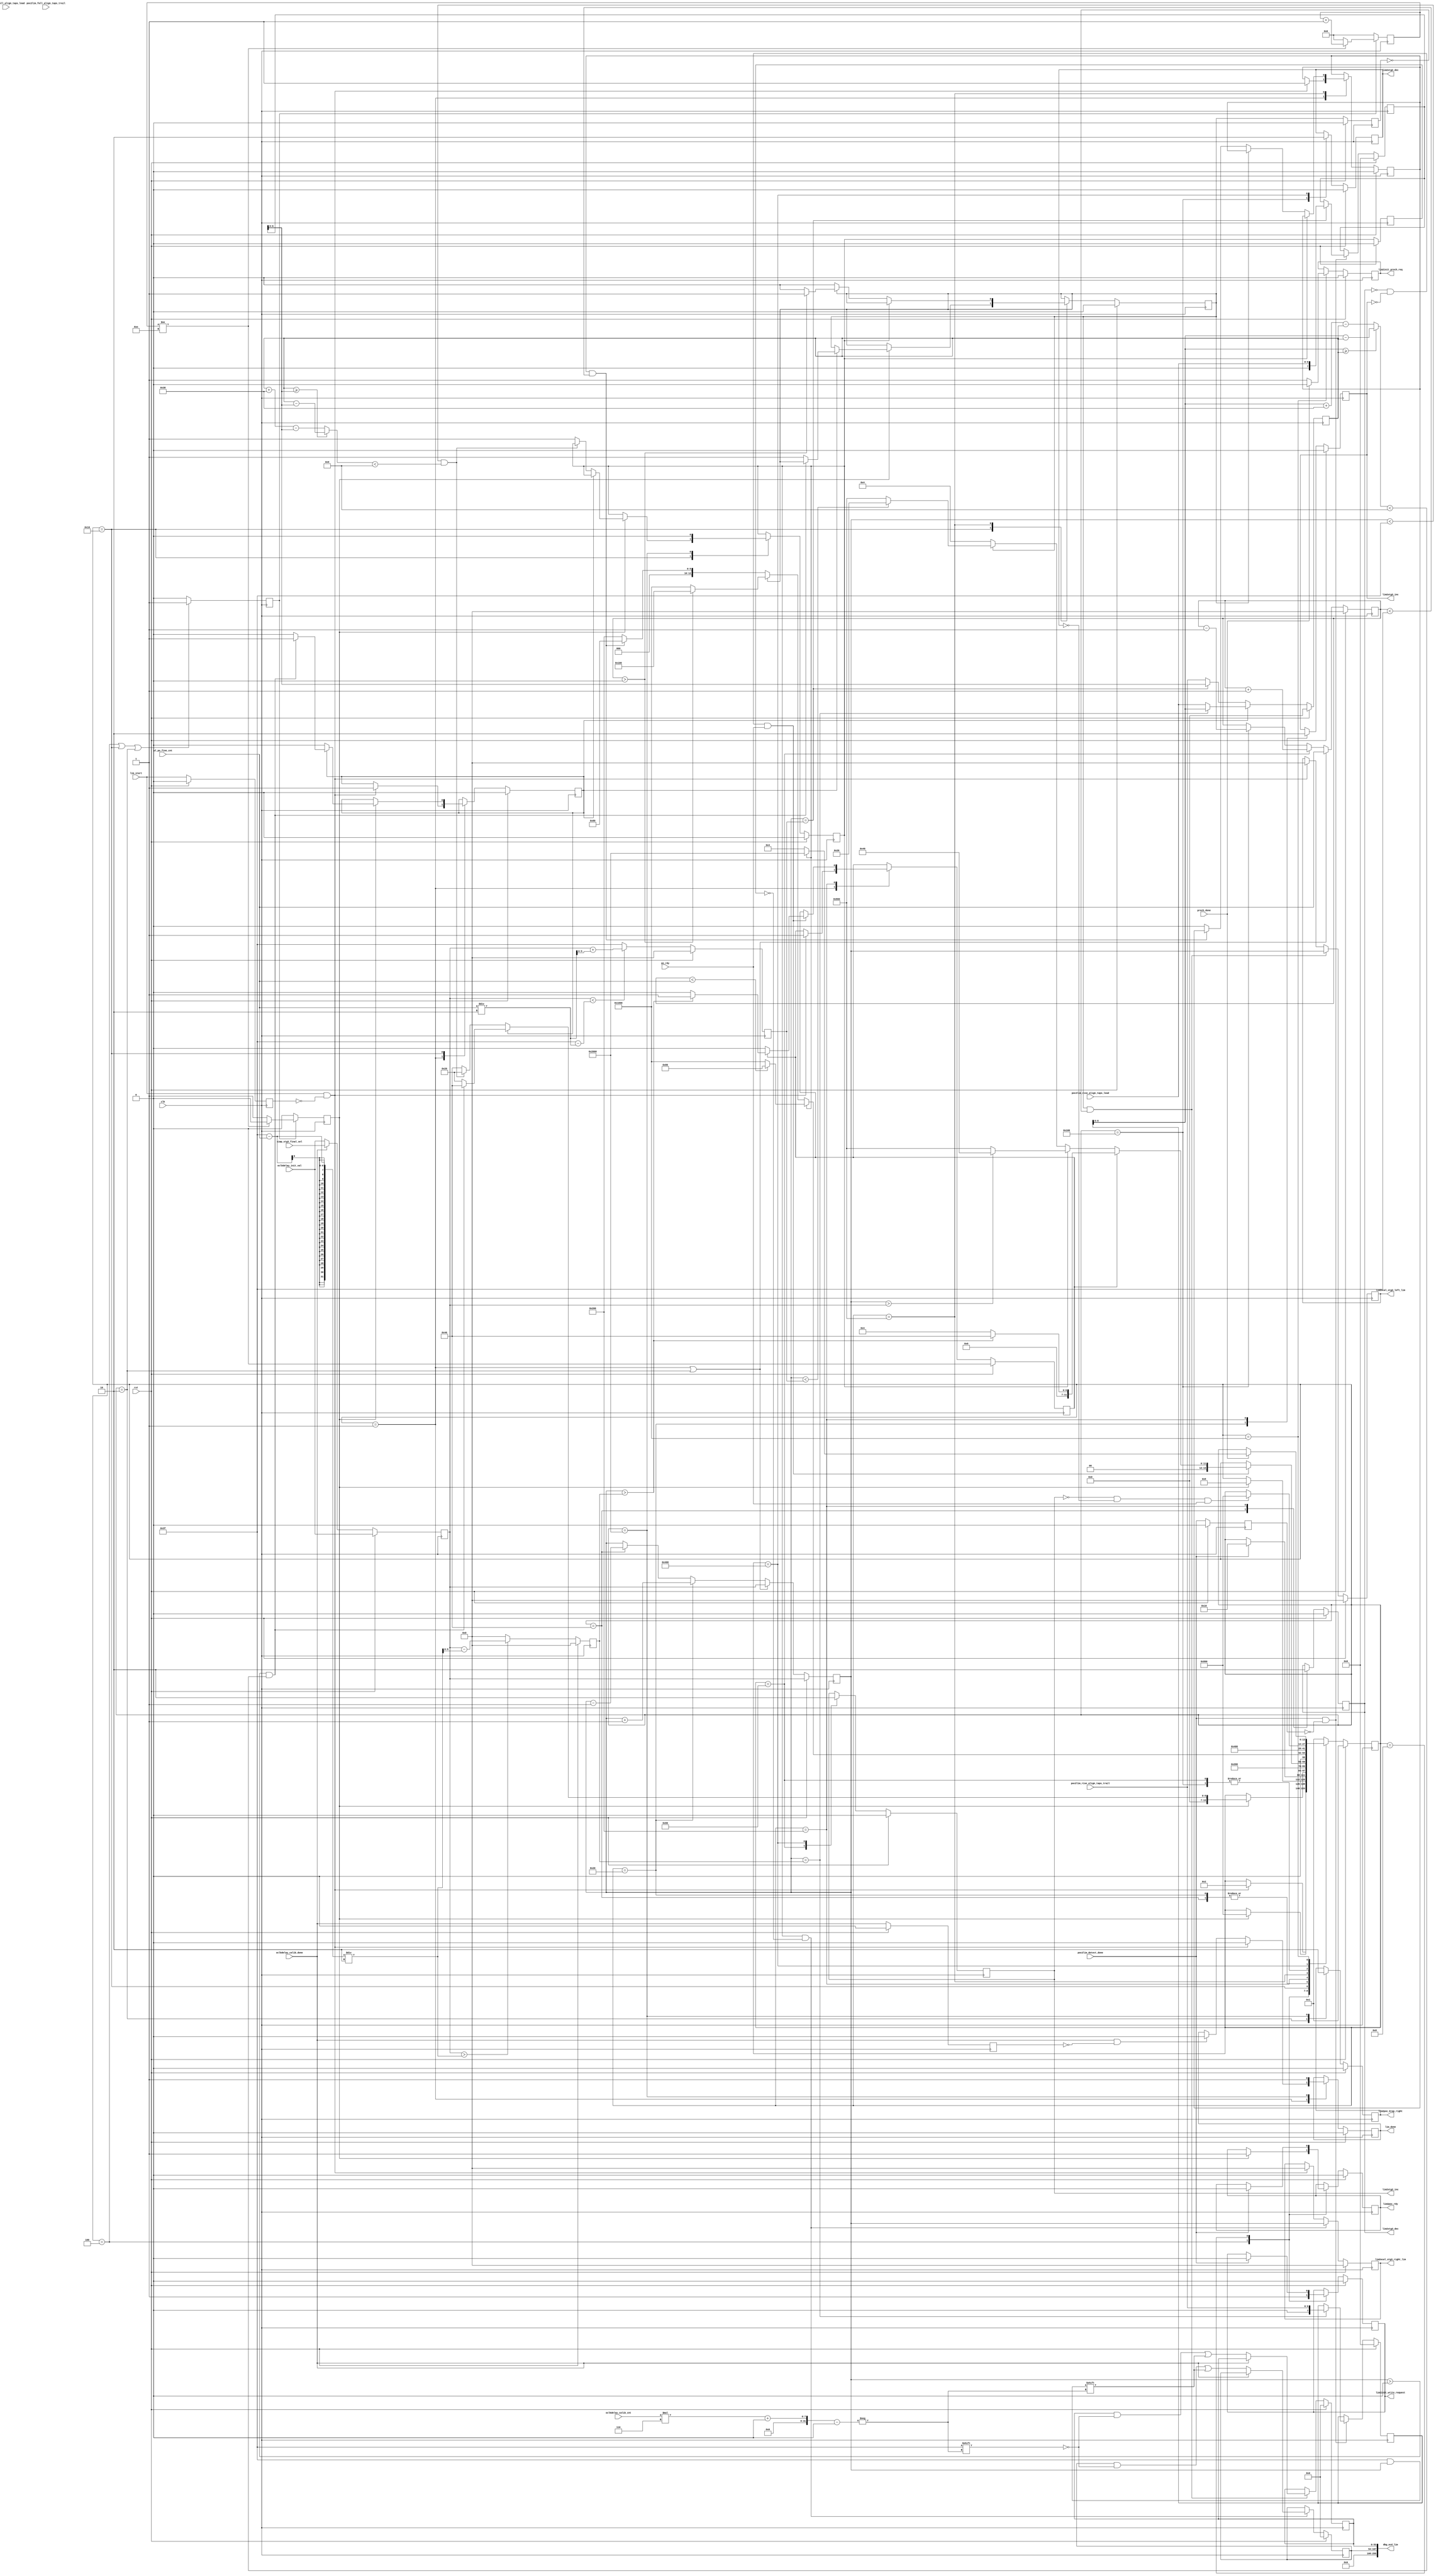
//*****************************************************************************
// (c) Copyright 2009 - 2013 Xilinx, Inc. All rights reserved.
//
// This file contains confidential and proprietary information
// of Xilinx, Inc. and is protected under U.S. and
// international copyright and other intellectual property
// laws.
//
// DISCLAIMER
// This disclaimer is not a license and does not grant any
// rights to the materials distributed herewith. Except as
// otherwise provided in a valid license issued to you by
// Xilinx, and to the maximum extent permitted by applicable
// law: (1) THESE MATERIALS ARE MADE AVAILABLE "AS IS" AND
// WITH ALL FAULTS, AND XILINX HEREBY DISCLAIMS ALL WARRANTIES
// AND CONDITIONS, EXPRESS, IMPLIED, OR STATUTORY, INCLUDING
// BUT NOT LIMITED TO WARRANTIES OF MERCHANTABILITY, NON-
// INFRINGEMENT, OR FITNESS FOR ANY PARTICULAR PURPOSE; and
// (2) Xilinx shall not be liable (whether in contract or tort,
// including negligence, or under any other theory of
// liability) for any loss or damage of any kind or nature
// related to, arising under or in connection with these
// materials, including for any direct, or any indirect,
// special, incidental, or consequential loss or damage
// (including loss of data, profits, goodwill, or any type of
// loss or damage suffered as a result of any action brought
// by a third party) even if such damage or loss was
// reasonably foreseeable or Xilinx had been advised of the
// possibility of the same.
//
// CRITICAL APPLICATIONS
// Xilinx products are not designed or intended to be fail-
// safe, or for use in any application requiring fail-safe
// performance, such as life-support or safety devices or
// systems, Class III medical devices, nuclear facilities,
// applications related to the deployment of airbags, or any
// other applications that could lead to death, personal
// injury, or severe property or environmental damage
// (individually and collectively, "Critical
// Applications"). Customer assumes the sole risk and
// liability of any use of Xilinx products in Critical
// Applications, subject only to applicable laws and
// regulations governing limitations on product liability.
//
// THIS COPYRIGHT NOTICE AND DISCLAIMER MUST BE RETAINED AS
// PART OF THIS FILE AT ALL TIMES.
//
//*****************************************************************************
//   ____  ____
//  /   /\/   /
// /___/  \  /    Vendor: Xilinx
// \   \   \/     Version: %version
//  \   \         Application: MIG
//  /   /         Filename: ddr_phy_oclkdelay_cal.v
// /___/   /\     Date Last Modified: $Date: 2011/02/25 02:07:40 $
// \   \  /  \    Date Created: Aug 03 2009 
//  \___\/\___\
//
//Device: 7 Series
//Design Name: DDR3 SDRAM
//Purpose: Center write DQS in write DQ valid window using Phaser_Out Stage3
//         delay
//Reference:
//Revision History:
//*****************************************************************************

`timescale 1ps/1ps

module mig_7series_v4_2_ddr_phy_ocd_lim #
  (parameter TAPCNTRWIDTH    = 7,
   parameter DQS_CNT_WIDTH   = 3,
   parameter DQS_WIDTH       = 9,
   parameter TCQ             = 100,
   parameter TAPSPERKCLK     = 56,
   parameter TDQSS_DEGREES   = 60,
   parameter BYPASS_COMPLEX_OCAL = "FALSE")
  (/*AUTOARG*/
   // Outputs
   lim2init_write_request, lim2init_prech_req, lim2poc_rdy, lim2poc_ktap_right,
   lim2stg3_inc, lim2stg3_dec, lim2stg2_inc, lim2stg2_dec, lim_done,
   lim2ocal_stg3_right_lim, lim2ocal_stg3_left_lim, dbg_ocd_lim,
   // Inputs
   clk, rst, lim_start, po_rdy, poc2lim_rise_align_taps_lead,
   poc2lim_rise_align_taps_trail, poc2lim_fall_align_taps_lead,
   poc2lim_fall_align_taps_trail, oclkdelay_init_val, wl_po_fine_cnt,
   simp_stg3_final_sel, oclkdelay_calib_done, poc2lim_detect_done,
   prech_done, oclkdelay_calib_cnt
   );
  
  function [TAPCNTRWIDTH:0] mod_sub (input [TAPCNTRWIDTH-1:0] a, 
                                     input [TAPCNTRWIDTH-1:0] b, 
                                     input integer base); 
  begin
    mod_sub = (a>=b) ? a-b : a+base[TAPCNTRWIDTH-1:0]-b;
  end
  endfunction // mod_sub

  input clk;
  input rst;

  input lim_start;
  input po_rdy;
  input [TAPCNTRWIDTH-1:0] poc2lim_rise_align_taps_lead;
  input [TAPCNTRWIDTH-1:0] poc2lim_rise_align_taps_trail;
  input [TAPCNTRWIDTH-1:0] poc2lim_fall_align_taps_lead;
  input [TAPCNTRWIDTH-1:0] poc2lim_fall_align_taps_trail;
  input [5:0]              oclkdelay_init_val;
  input [5:0]              wl_po_fine_cnt;
  input [5:0]              simp_stg3_final_sel;
  input                    oclkdelay_calib_done;
  input                    poc2lim_detect_done;
  input                    prech_done;
  input [DQS_CNT_WIDTH:0]  oclkdelay_calib_cnt;
  
  
  output lim2init_write_request;
  output lim2init_prech_req;
  output lim2poc_rdy;
  output lim2poc_ktap_right;  // I think this can be defaulted.
  output lim2stg3_inc;
  output lim2stg3_dec;
  output lim2stg2_inc;
  output lim2stg2_dec;
  output lim_done;
  output [5:0] lim2ocal_stg3_right_lim;
  output [5:0] lim2ocal_stg3_left_lim;
  output [255:0] dbg_ocd_lim; 
  
  // Stage 3 taps can move an additional + or - 60 degrees from the write level position
  // Convert 60 degrees to MMCM taps. 360/60=6.
  //localparam real DIV_FACTOR = 360/TDQSS_DEGREES;
  //localparam real TDQSS_LIM_MMCM_TAPS = TAPSPERKCLK/DIV_FACTOR;
  localparam DIV_FACTOR = 360/TDQSS_DEGREES;
  localparam TDQSS_LIM_MMCM_TAPS = TAPSPERKCLK/DIV_FACTOR;
  localparam WAIT_CNT = 15;
  
  localparam IDLE             = 14'b00_0000_0000_0001;
  localparam INIT             = 14'b00_0000_0000_0010;
  localparam WAIT_WR_REQ      = 14'b00_0000_0000_0100;
  localparam WAIT_POC_DONE    = 14'b00_0000_0000_1000;
  localparam WAIT_STG3        = 14'b00_0000_0001_0000;
  localparam STAGE3_INC       = 14'b00_0000_0010_0000;
  localparam STAGE3_DEC       = 14'b00_0000_0100_0000;
  localparam STAGE2_INC       = 14'b00_0000_1000_0000;
  localparam STAGE2_DEC       = 14'b00_0001_0000_0000;
  localparam STG3_INCDEC_WAIT = 14'b00_0010_0000_0000;
  localparam STG2_INCDEC_WAIT = 14'b00_0100_0000_0000;
  localparam STAGE2_TAP_CHK   = 14'b00_1000_0000_0000;
  localparam PRECH_REQUEST    = 14'b01_0000_0000_0000;
  localparam LIMIT_DONE       = 14'b10_0000_0000_0000;

// Flip-flops  
  reg [5:0]             stg3_init_val;
  reg [13:0]            lim_state;
  reg                   lim_start_r;
  reg                   ktap_right_r;
  reg                   write_request_r;
  reg                   prech_req_r;
  reg                   poc_ready_r;
  reg                   wait_cnt_en_r;
  reg                   wait_cnt_done;
  reg [3:0]             wait_cnt_r;
  reg [5:0]             stg3_tap_cnt;
  reg [5:0]             stg2_tap_cnt;
  reg [5:0]             stg3_left_lim;
  reg [5:0]             stg3_right_lim;
  reg [DQS_WIDTH*6-1:0] cmplx_stg3_left_lim;
  reg [DQS_WIDTH*6-1:0] simp_stg3_left_lim;
  reg [DQS_WIDTH*6-1:0] cmplx_stg3_right_lim;
  reg [DQS_WIDTH*6-1:0] simp_stg3_right_lim;
  reg [5:0]             stg3_dec_val;
  reg [5:0]             stg3_inc_val;
  reg                   detect_done_r;
  reg                   stg3_dec_r;
  reg                   stg2_inc_r;
  reg                   stg3_inc2init_val_r;
  reg                   stg3_inc2init_val_r1;
  reg                   stg3_dec2init_val_r;
  reg                   stg3_dec2init_val_r1;
  reg                   stg3_dec_req_r;
  reg                   stg3_inc_req_r;
  reg                   stg2_dec_req_r;
  reg                   stg2_inc_req_r;
  reg                   stg3_init_dec_r;
  reg [TAPCNTRWIDTH:0]  mmcm_current;
  reg [TAPCNTRWIDTH:0]  mmcm_init_trail;
  reg [TAPCNTRWIDTH:0]  mmcm_init_lead;
  reg                   done_r;
  
  reg [13:0]            lim_nxt_state;
  reg                   ktap_right;
  reg                   write_request;
  reg                   prech_req;
  reg                   poc_ready;
  reg                   stg3_dec;
  reg                   stg2_inc;
  reg                   stg3_inc2init_val;
  reg                   stg3_dec2init_val;
  reg                   stg3_dec_req;
  reg                   stg3_inc_req;
  reg                   stg2_dec_req;
  reg                   stg2_inc_req;
  reg                   stg3_init_dec;
  reg                   done;
  reg                   oclkdelay_calib_done_r;
  
  wire [TAPCNTRWIDTH:0] mmcm_sub_dec = mod_sub (mmcm_init_trail, mmcm_current, TAPSPERKCLK);
  wire [TAPCNTRWIDTH:0] mmcm_sub_inc = mod_sub (mmcm_current, mmcm_init_lead, TAPSPERKCLK);
  
  /***************************************************************************/
  // Debug signals
  /***************************************************************************/
  
  assign dbg_ocd_lim[0+:DQS_WIDTH*6]    = simp_stg3_left_lim[DQS_WIDTH*6-1:0];
  assign dbg_ocd_lim[54+:DQS_WIDTH*6]   = simp_stg3_right_lim[DQS_WIDTH*6-1:0];
  assign dbg_ocd_lim[255:108]           = 'd0;

  
  
  
  assign lim2init_write_request    = write_request_r;
  assign lim2init_prech_req        = prech_req_r;
  assign lim2poc_ktap_right        = ktap_right_r;
  assign lim2poc_rdy               = poc_ready_r;
  assign lim2ocal_stg3_left_lim    = stg3_left_lim;
  assign lim2ocal_stg3_right_lim   = stg3_right_lim;
  assign lim2stg3_dec              = stg3_dec_req_r;
  assign lim2stg3_inc              = stg3_inc_req_r;
  assign lim2stg2_dec              = stg2_dec_req_r;
  assign lim2stg2_inc              = stg2_inc_req_r;
  assign lim_done                  = done_r;
  

/**************************Wait Counter Start*********************************/
// Wait counter enable for wait states WAIT_WR_REQ and WAIT_STG3
// To avoid DQS toggling when stage2 and 3 taps are moving   
  always @(posedge clk) begin
    if ((lim_state == WAIT_WR_REQ) ||
        (lim_state == WAIT_STG3) ||
		(lim_state == INIT))
      wait_cnt_en_r <= #TCQ 1'b1;
    else
      wait_cnt_en_r <= #TCQ 1'b0;
  end

// Wait counter for wait states WAIT_WR_REQ and WAIT_STG3
// To avoid DQS toggling when stage2 and 3 taps are moving  
  always @(posedge clk) begin
    if (!wait_cnt_en_r) begin
      wait_cnt_r      <= #TCQ 'b0;
      wait_cnt_done   <= #TCQ 1'b0;
    end else begin
      if (wait_cnt_r != WAIT_CNT - 1) begin
        wait_cnt_r     <= #TCQ wait_cnt_r + 1;
        wait_cnt_done  <= #TCQ 1'b0;
      end else begin
        wait_cnt_r     <= #TCQ 'b0;        
        wait_cnt_done  <= #TCQ 1'b1;
      end
    end
  end
/**************************Wait Counter End***********************************/
 
// Flip-flops

  always @(posedge clk) begin
    if (rst)
      oclkdelay_calib_done_r <= #TCQ 1'b0;
    else
      oclkdelay_calib_done_r <= #TCQ oclkdelay_calib_done;
  end

  always @(posedge clk) begin
    if (rst)
	  stg3_init_val <= #TCQ oclkdelay_init_val;
	else if (oclkdelay_calib_done)
	  stg3_init_val <= #TCQ simp_stg3_final_sel;
	else
	  stg3_init_val <= #TCQ oclkdelay_init_val;
  end

  always @(posedge clk) begin
    if (rst) begin
	  lim_state           <= #TCQ IDLE;
	  lim_start_r         <= #TCQ 1'b0;
	  ktap_right_r        <= #TCQ 1'b0;
	  write_request_r     <= #TCQ 1'b0;
	  prech_req_r         <= #TCQ 1'b0;
	  poc_ready_r         <= #TCQ 1'b0;
	  detect_done_r       <= #TCQ 1'b0;
	  stg3_dec_r          <= #TCQ 1'b0;
	  stg2_inc_r          <= #TCQ 1'b0;
	  stg3_inc2init_val_r <= #TCQ 1'b0;
	  stg3_inc2init_val_r1<= #TCQ 1'b0;
	  stg3_dec2init_val_r <= #TCQ 1'b0;
	  stg3_dec2init_val_r1<= #TCQ 1'b0;
	  stg3_dec_req_r      <= #TCQ 1'b0;
	  stg3_inc_req_r      <= #TCQ 1'b0;
	  stg2_dec_req_r      <= #TCQ 1'b0;
	  stg2_inc_req_r      <= #TCQ 1'b0;
	  done_r              <= #TCQ 1'b0;
	  stg3_dec_val        <= #TCQ 'd0;
	  stg3_inc_val        <= #TCQ 'd0;
	  stg3_init_dec_r     <= #TCQ 1'b0;
	end else begin
	  lim_state           <= #TCQ lim_nxt_state;
	  lim_start_r         <= #TCQ lim_start;
	  ktap_right_r        <= #TCQ ktap_right;
	  write_request_r     <= #TCQ write_request;
	  prech_req_r         <= #TCQ prech_req;
	  poc_ready_r         <= #TCQ poc_ready;
	  detect_done_r       <= #TCQ poc2lim_detect_done;
	  stg3_dec_r          <= #TCQ stg3_dec;
	  stg2_inc_r          <= #TCQ stg2_inc;
	  stg3_inc2init_val_r <= #TCQ stg3_inc2init_val;
	  stg3_inc2init_val_r1<= #TCQ stg3_inc2init_val_r;
	  stg3_dec2init_val_r <= #TCQ stg3_dec2init_val;
	  stg3_dec2init_val_r1<= #TCQ stg3_dec2init_val_r;
	  stg3_dec_req_r      <= #TCQ stg3_dec_req;
	  stg3_inc_req_r      <= #TCQ stg3_inc_req;
	  stg2_dec_req_r      <= #TCQ stg2_dec_req;
	  stg2_inc_req_r      <= #TCQ stg2_inc_req;
	  stg3_init_dec_r     <= #TCQ stg3_init_dec;
	  done_r              <= #TCQ done;
	  if (stg3_init_val > (('d63 - wl_po_fine_cnt)/2))
	    stg3_dec_val      <= #TCQ (stg3_init_val - ('d63 - wl_po_fine_cnt)/2);
	  else
	    stg3_dec_val      <= #TCQ 'd0;
	  if (stg3_init_val < 'd63 - ((wl_po_fine_cnt)/2))
	    stg3_inc_val      <= #TCQ (stg3_init_val + (wl_po_fine_cnt)/2);
	  else
	    stg3_inc_val      <= #TCQ 'd63;
	end
  end

// Keeping track of stage 3 tap count  
  always @(posedge clk) begin
    if (rst)
	  stg3_tap_cnt <= #TCQ stg3_init_val;
	else if ((lim_state == IDLE) || (lim_state == INIT))
	  stg3_tap_cnt <= #TCQ stg3_init_val;
	else if (lim_state == STAGE3_INC)
	  stg3_tap_cnt <= #TCQ stg3_tap_cnt + 1;
	else if (lim_state == STAGE3_DEC)
	  stg3_tap_cnt <= #TCQ stg3_tap_cnt - 1;
  end
  
// Keeping track of stage 2 tap count  
  always @(posedge clk) begin
    if (rst)
	  stg2_tap_cnt <= #TCQ 'd0;
	else if ((lim_state == IDLE) || (lim_state == INIT))
	  stg2_tap_cnt <= #TCQ wl_po_fine_cnt;
	else if (lim_state == STAGE2_INC)
	  stg2_tap_cnt <= #TCQ stg2_tap_cnt + 1;
	else if (lim_state == STAGE2_DEC)
	  stg2_tap_cnt <= #TCQ stg2_tap_cnt - 1;
  end
  
// Keeping track of MMCM tap count
  always @(posedge clk) begin
    if (rst) begin
	  mmcm_init_trail <= #TCQ 'd0;
	  mmcm_init_lead  <= #TCQ 'd0;
	end else if (poc2lim_detect_done && !detect_done_r) begin
	  if (stg3_tap_cnt == stg3_dec_val)
	    mmcm_init_trail <= #TCQ poc2lim_rise_align_taps_trail;
	  if (stg3_tap_cnt == stg3_inc_val)
	    mmcm_init_lead  <= #TCQ poc2lim_rise_align_taps_lead;
	end  
  end
  
  always @(posedge clk) begin
    if (rst) begin
	  mmcm_current    <= #TCQ 'd0;
	end else if (stg3_dec_r) begin
	  if (stg3_tap_cnt == stg3_dec_val)
	    mmcm_current <= #TCQ mmcm_init_trail;
	  else
	    mmcm_current <= #TCQ poc2lim_rise_align_taps_lead;
	end else begin
	  if (stg3_tap_cnt == stg3_inc_val)
	    mmcm_current <= #TCQ mmcm_init_lead;
	  else
	    mmcm_current <= #TCQ poc2lim_rise_align_taps_trail;
	end 
  end

// Record Stage3 Left Limit
  always @(posedge clk) begin
    if (rst) begin
	  stg3_left_lim       <= #TCQ 'd0;
	  simp_stg3_left_lim  <= #TCQ 'd0;
	  cmplx_stg3_left_lim <= #TCQ 'd0;
	end else if (stg3_inc2init_val_r && !stg3_inc2init_val_r1) begin
	  stg3_left_lim <= #TCQ stg3_tap_cnt;
	  if (oclkdelay_calib_done)
	    cmplx_stg3_left_lim[oclkdelay_calib_cnt*6+:6] <= #TCQ stg3_tap_cnt;
	  else
	    simp_stg3_left_lim[oclkdelay_calib_cnt*6+:6] <= #TCQ stg3_tap_cnt;
	end else if (lim_start && !lim_start_r)
	  stg3_left_lim <= #TCQ 'd0;
  end

// Record Stage3 Right Limit
  always @(posedge clk) begin
    if (rst) begin
	  stg3_right_lim       <= #TCQ 'd0;
	  cmplx_stg3_right_lim <= #TCQ 'd0;
	  simp_stg3_right_lim <= #TCQ 'd0;
	end else if (stg3_dec2init_val_r && !stg3_dec2init_val_r1) begin
	  stg3_right_lim <= #TCQ stg3_tap_cnt;
	  if (oclkdelay_calib_done)
	    cmplx_stg3_right_lim[oclkdelay_calib_cnt*6+:6] <= #TCQ stg3_tap_cnt;
	  else
	    simp_stg3_right_lim[oclkdelay_calib_cnt*6+:6] <= #TCQ stg3_tap_cnt;
	end else if (lim_start && !lim_start_r)
	  stg3_right_lim <= #TCQ 'd0;
  end  
  
  always @(*) begin
	  lim_nxt_state     = lim_state;
	  ktap_right        = ktap_right_r;
	  write_request     = write_request_r;
	  prech_req         = prech_req_r;
	  poc_ready         = poc_ready_r;
	  stg3_dec          = stg3_dec_r;
	  stg2_inc          = stg2_inc_r;
	  stg3_inc2init_val = stg3_inc2init_val_r;
	  stg3_dec2init_val = stg3_dec2init_val_r;
	  stg3_dec_req      = stg3_dec_req_r;
	  stg3_inc_req      = stg3_inc_req_r;
	  stg2_inc_req      = stg2_inc_req_r;
	  stg2_dec_req      = stg2_dec_req_r;
	  stg3_init_dec     = stg3_init_dec_r;
	  done              = done_r;

	
	  case(lim_state)
	    IDLE: begin
	      if (lim_start && !lim_start_r) begin
                lim_nxt_state = INIT;
                stg3_dec      = 1'b1;
                stg2_inc      = 1'b1;
                stg3_init_dec = 1'b1;
                done          = 1'b0;
	      end
	      //New start of limit module for complex oclkdelay calib
              else if (oclkdelay_calib_done && !oclkdelay_calib_done_r && (BYPASS_COMPLEX_OCAL == "FALSE")) begin
                done          = 1'b0;
              end
	    end
	    INIT: begin
	      ktap_right     = 1'b1;
		  // Initial stage 2 increment to 63 for left limit
		  if (wait_cnt_done)
  	        lim_nxt_state  = STAGE2_TAP_CHK;
	    end
	    // Wait for DQS to toggle before asserting poc_ready
	    WAIT_WR_REQ: begin
	      write_request  = 1'b1;
	      if (wait_cnt_done) begin
	  	    poc_ready      = 1'b1;
	  	    lim_nxt_state  = WAIT_POC_DONE;
	  	  end
	    end
	    // Wait for POC detect done signal
	    WAIT_POC_DONE: begin
	  	  if (poc2lim_detect_done) begin
	  	    write_request  = 1'b0;
			poc_ready      = 1'b0;
	  	    lim_nxt_state  = WAIT_STG3;
	  	  end
	    end
	    // Wait for DQS to stop toggling before stage3 inc/dec
	    WAIT_STG3: begin
	      if (wait_cnt_done) begin
	  	    if (stg3_dec_r) begin
	  	    // Check for Stage 3 underflow and MMCM tap limit
	  	      if ((stg3_tap_cnt > 'd0) && (mmcm_sub_dec < TDQSS_LIM_MMCM_TAPS))
	  	        lim_nxt_state  = STAGE3_DEC;
	  		  else begin
	  		    stg3_dec          = 1'b0;
	  		    stg3_inc2init_val = 1'b1;
	  		    lim_nxt_state     = STAGE3_INC;
	  		  end
	  	    end else begin // Stage 3 being incremented
	  	    // Check for Stage 3 overflow and MMCM tap limit
	  	      if ((stg3_tap_cnt < 'd63) && (mmcm_sub_inc < TDQSS_LIM_MMCM_TAPS))
	  	        lim_nxt_state  = STAGE3_INC;
	  		  else begin
	  		    stg3_dec2init_val = 1'b1;
                lim_nxt_state  = STAGE3_DEC;
              end
            end			
	  	  end
	    end
	    STAGE3_INC: begin
	      stg3_inc_req   = 1'b1;
	  	  lim_nxt_state  = STG3_INCDEC_WAIT;
	    end
	    STAGE3_DEC: begin
	      stg3_dec_req   = 1'b1;   
	  	  lim_nxt_state  = STG3_INCDEC_WAIT;
	    end
	    // Wait for stage3 inc/dec to complete (po_rdy)
	    STG3_INCDEC_WAIT: begin
	      stg3_dec_req   = 1'b0;
	  	  stg3_inc_req   = 1'b0;
	      if (!stg3_dec_req_r && !stg3_inc_req_r && po_rdy) begin
		    if (stg3_init_dec_r) begin
			  // Initial decrement of stage 3
			  if (stg3_tap_cnt > stg3_dec_val)
			    lim_nxt_state  = STAGE3_DEC;
			  else begin
			    lim_nxt_state  = WAIT_WR_REQ;
				stg3_init_dec  = 1'b0;
			  end
	        end else if (stg3_dec2init_val_r) begin 
			  if (stg3_tap_cnt > stg3_init_val)
	  	        lim_nxt_state  = STAGE3_DEC;
			  else
			    lim_nxt_state  = STAGE2_TAP_CHK;
	  	    end else if (stg3_inc2init_val_r) begin
			  if (stg3_tap_cnt < stg3_inc_val)
	  	        lim_nxt_state  = STAGE3_INC;
			  else
			    lim_nxt_state  = STAGE2_TAP_CHK;
	  	    end else begin
	  	      lim_nxt_state  = WAIT_WR_REQ;
			end
	  	  end
	    end
	    // Check for overflow and underflow of stage2 taps
	    STAGE2_TAP_CHK: begin
	      if (stg3_dec2init_val_r) begin
		    // Increment stage 2 to write level tap value at the end of limit detection
	  	    if (stg2_tap_cnt < wl_po_fine_cnt)
	  	      lim_nxt_state  = STAGE2_INC;
	        else begin
	          lim_nxt_state     = PRECH_REQUEST;	  		  
	  	    end
	  	  end else if (stg3_inc2init_val_r) begin
		    // Decrement stage 2 to '0' to determine right limit
	  	    if (stg2_tap_cnt > 'd0)
	  	      lim_nxt_state  = STAGE2_DEC;
	  	    else begin
	  	      lim_nxt_state     = PRECH_REQUEST;
	  		  stg3_inc2init_val = 1'b0;
	  	    end
		  end else if (stg2_inc_r && (stg2_tap_cnt < 'd63)) begin
		    // Initial increment to 63
	  	    lim_nxt_state  = STAGE2_INC;
          end else begin
            lim_nxt_state  = STG3_INCDEC_WAIT;
			stg2_inc       = 1'b0;
		  end
	    end
	    STAGE2_INC: begin
	      stg2_inc_req = 1'b1;
	  	  lim_nxt_state  = STG2_INCDEC_WAIT;
	    end
	    STAGE2_DEC: begin
	      stg2_dec_req = 1'b1;
	  	  lim_nxt_state  = STG2_INCDEC_WAIT;
	    end
	    // Wait for stage3 inc/dec to complete (po_rdy)
	    STG2_INCDEC_WAIT: begin
	      stg2_inc_req = 1'b0;
	  	  stg2_dec_req = 1'b0;
	  	  if (!stg2_inc_req_r && !stg2_dec_req_r && po_rdy)
	  	    lim_nxt_state  = STAGE2_TAP_CHK;
	    end
		PRECH_REQUEST: begin
		  prech_req = 1'b1;
		  if (prech_done) begin
		    prech_req       = 1'b0;
		    if (stg3_dec2init_val_r)
			  lim_nxt_state = LIMIT_DONE;
			else
		      lim_nxt_state = WAIT_WR_REQ;
		  end
		end
	    LIMIT_DONE: begin
	      done              = 1'b1;
	  	  ktap_right        = 1'b0;
		  stg3_dec2init_val = 1'b0;
		  lim_nxt_state     = IDLE;
	    end
	    default: begin
	      lim_nxt_state = IDLE;
	    end
	  endcase
  end
  

endmodule //mig_7_series_v4_0_ddr_phy_ocd_lim